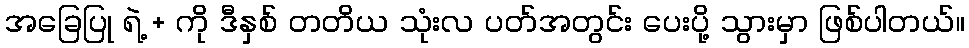
အခြေပြု ရဲ့ + ကို ဒီနှစ် တတိယ သုံးလ ပတ်အတွင်း ပေးပို့ သွားမှာ ဖြစ်ပါတယ်။